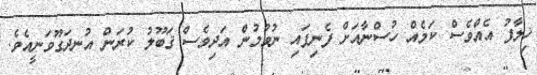
ޚިލާފު އެއްވެސް ކަމެއް ހުސްނާއަށް ފެނިފައި ނުވުމުން އަދިވެސް ޤަބޫލު ކުރަން އުނދަގޫވަނީއެވެ.